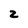
Character: 2